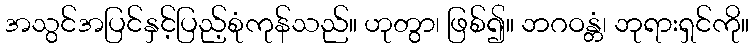
အသွင်အပြင်နှင့်ပြည့်စုံကုန်သည်။ ဟုတွာ၊ ဖြစ်၍။ ဘဂဝန္တံ၊ ဘုရားရှင်ကို။